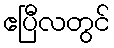
ဧပြီလတွင်